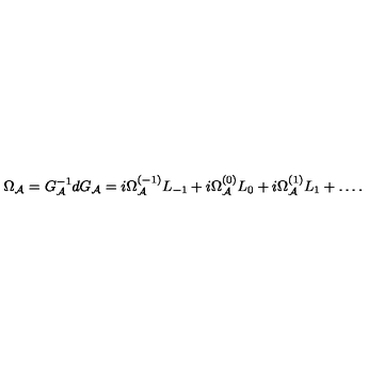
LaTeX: \Omega _ { \cal A } = G _ { \cal A } ^ { - 1 } d G _ { \cal A } = i \Omega _ { \cal A } ^ { ( - 1 ) } L _ { - 1 } + i \Omega _ { \cal A } ^ { ( 0 ) } L _ { 0 } + i \Omega _ { \cal A } ^ { ( 1 ) } L _ { 1 } + \ldots .